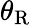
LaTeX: \theta_{\mathrm{R}}